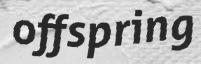
offspring